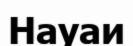
Науаи